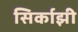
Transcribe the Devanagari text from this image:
सिर्काझी